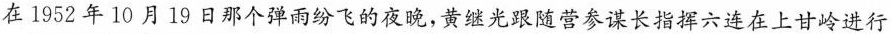
在1952年10月19日那个弹雨纷飞的夜晚，黄继光跟随营参谋长指挥六连在上甘岭进行